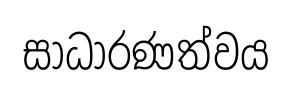
සාධාරණත්වය